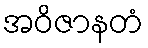
အဝိဇာနတံ